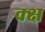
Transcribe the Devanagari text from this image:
क्क्ष